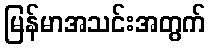
မြန်မာအသင်းအတွက်